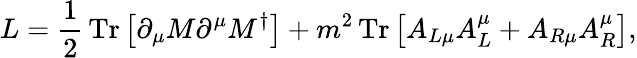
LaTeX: L=\frac{1}{2}\, \mathrm{Tr}\left[\partial_{\mu}M\partial^{\mu}M^{\dagger}\right]+m^{2}\, \mathrm{Tr}\left[A_{L\mu}A_{L}^{\mu}+A_{R\mu}A_{R}^{\mu}\right],